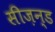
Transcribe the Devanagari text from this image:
सीज़न्ड